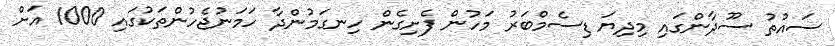
ސައުތު ސޫދާންގައި މިދިޔަ ޑިސެމްބަރު މަހުން ފެށިގެން ހިނގަމުންދާ ހަމަނުޖެހުންތަކުގައި 1000 އަށް